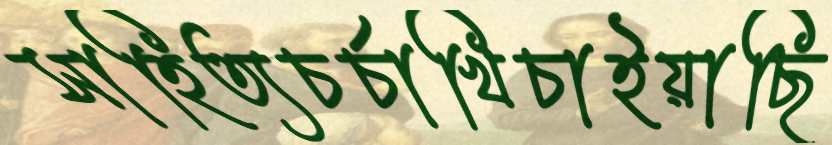
সাহিত্যচর্চাখিচাইয়াছি